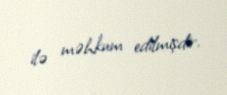
ilə məhkum edilmişdir.